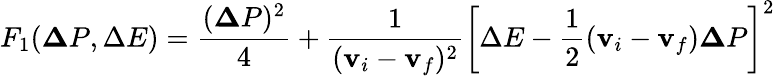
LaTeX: F_{1}({\mathbf\Delta P},\Delta E)=\frac{({\mathbf\Delta P})^{2}}{4}+\frac{1}{({\mathbf v}_{i}-{\mathbf v}_{f})^{2}}\left[\Delta E-\frac{1}{2}({\mathbf v}_{i}-{\mathbf v}_{f}){\mathbf\Delta P}\right]^{2}